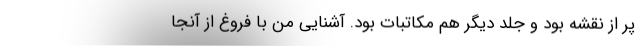
پر از نقشه بود و جلد دیگر هم مکاتبات بود. آشنایی من با فروغ از آنجا